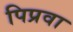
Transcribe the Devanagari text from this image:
पिप्रवा